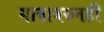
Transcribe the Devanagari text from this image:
गावावरुनही